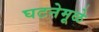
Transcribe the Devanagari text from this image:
घटनेमूळे